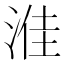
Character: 𪶔